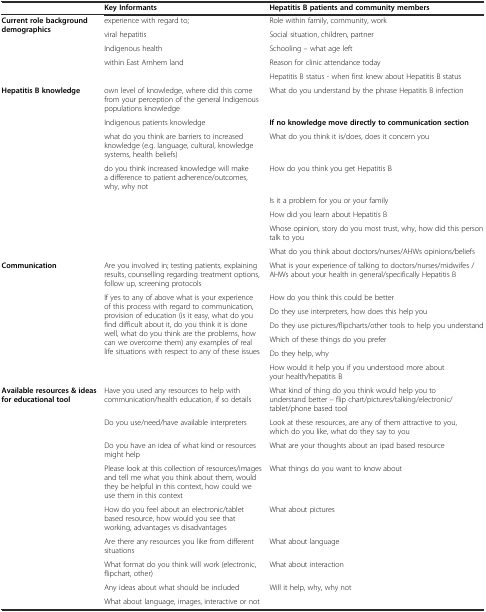
<table><thead><tr><td></td><td><b>Key Informants</b></td><td><b>Hepatitis B patients and community members</b></td></tr></thead><tbody><tr><td rowspan="5"><b>Current role background demographics</b></td><td>experience with regard to;</td><td>Role within family, community, work</td></tr><tr><td>viral hepatitis</td><td>Social situation, children, partner</td></tr><tr><td>Indigenous health</td><td>Schooling – what age left</td></tr><tr><td rowspan="2">within East Arnhem land</td><td>Reason for clinic attendance today</td></tr><tr><td>Hepatitis B status - when first knew about Hepatitis B status</td></tr><tr><td rowspan="8"><b>Hepatitis B knowledge</b></td><td>own level of knowledge, where did this come from your perception of the general Indigenous populations knowledge</td><td>What do you understand by the phrase Hepatitis B infection</td></tr><tr><td>Indigenous patients knowledge</td><td><b>If no knowledge move directly to communication section</b></td></tr><tr><td>what do you think are barriers to increased knowledge (e.g. language, cultural, knowledge systems, health beliefs)</td><td>What do you think it is/does, does it concern you</td></tr><tr><td>do you think increased knowledge will make a difference to patient adherence/outcomes, why, why not</td><td>How do you think you get Hepatitis B</td></tr><tr><td rowspan="4"></td><td>Is it a problem for you or your family</td></tr><tr><td>How did you learn about Hepatitis B</td></tr><tr><td>Whose opinion, story do you most trust, why, how did this person talk to you</td></tr><tr><td>What do you think about doctors/nurses/AHWs opinions/beliefs</td></tr><tr><td rowspan="7"><b>Communication</b></td><td>Are you involved in; testing patients, explaining results, counselling regarding treatment options, follow up, screening protocols</td><td>What is your experience of talking to doctors/nurses/midwifes /AHWs about your health in general/specifically Hepatitis B</td></tr><tr><td rowspan="6">If yes to any of above what is your experience of this process with regard to communication, provision of education (is it easy, what do you find difficult about it, do you think it is done well, what do you think are the problems, how can we overcome them) any examples of real life situations with respect to any of these issues</td><td>How do you think this could be better</td></tr><tr><td>Do they use interpreters, how does this help you</td></tr><tr><td>Do they use pictures/flipcharts/other tools to help you understand</td></tr><tr><td>Which of these things do you prefer</td></tr><tr><td>Do they help, why</td></tr><tr><td>How would it help you if you understood more about your health/hepatitis B</td></tr><tr><td rowspan="9"><b>Available resources &amp; ideas for educational tool</b></td><td>Have you used any resources to help with communication/health education, if so details</td><td>What kind of thing do you think would help you to understand better – flip chart/pictures/talking/electronic/tablet/phone based tool</td></tr><tr><td>Do you use/need/have available interpreters</td><td>Look at these resources, are any of them attractive to you, which do you like, what do they say to you</td></tr><tr><td>Do you have an idea of what kind or resources might help</td><td>What are your thoughts about an ipad based resource</td></tr><tr><td>Please look at this collection of resources/images and tell me what you think about them, would they be helpful in this context, how could we use them in this context</td><td>What things do you want to know about</td></tr><tr><td>How do you feel about an electronic/tablet based resource, how would you see that working, advantages vs disadvantages</td><td>What about pictures</td></tr><tr><td>Are there any resources you like from different situations</td><td>What about language</td></tr><tr><td>What format do you think will work (electronic, flipchart, other)</td><td>What about interaction</td></tr><tr><td>Any ideas about what should be included</td><td rowspan="2">Will it help, why, why not</td></tr><tr><td>What about language, images, interactive or not</td></tr></tbody></table>